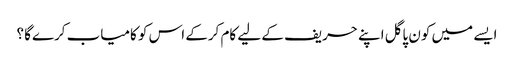
ایسے میں کون پاگل اپنے حریف کے لیے کام کرکے اس کو کامیاب کرےگا ؟